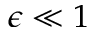
\epsilon \ll 1